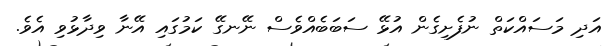
އަދި މަސައްކަތް ނުފެށިގެން އުޅޭ ސަބަބެއްވެސް ނޭނގޭ ކަމުގައި އޭނާ ވިދާޅުވި އެވެ.